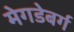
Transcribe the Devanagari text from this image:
मेगडेबर्ग